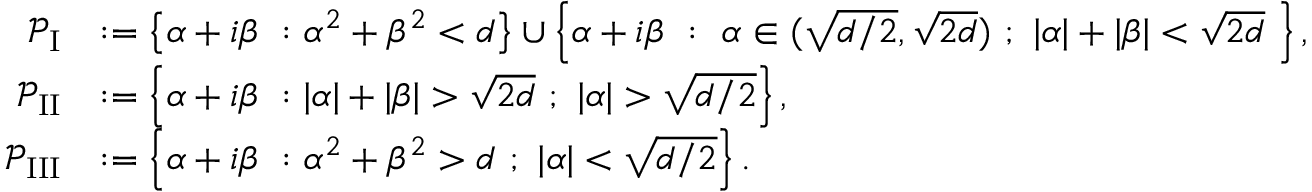
\begin{array} { r l } { { \ensuremath { \mathcal P } } _ { \mathrm { I } } } & { : = \left\{ \alpha + i \beta \ : \alpha ^ { 2 } + \beta ^ { 2 } < d \right\} \cup \left\{ \alpha + i \beta \ : \ \alpha \in ( \sqrt { d / 2 } , \sqrt { 2 d } ) \ ; \ | \alpha | + | \beta | < \sqrt { 2 d } \ \right\} , } \\ { { \ensuremath { \mathcal P } } _ { \mathrm { I I } } } & { : = \left\{ \alpha + i \beta \ : | \alpha | + | \beta | > \sqrt { 2 d } \ ; \ | \alpha | > \sqrt { d / 2 } \right\} , } \\ { { \ensuremath { \mathcal P } } _ { \mathrm { I I I } } } & { : = \left\{ \alpha + i \beta \ : \alpha ^ { 2 } + \beta ^ { 2 } > d \ ; \ | \alpha | < \sqrt { d / 2 } \right\} . } \end{array}